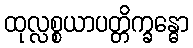
ထုလ္လစ္စယာပတ္တိက္ခန္ဓော